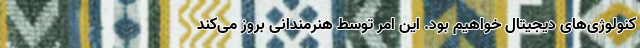
کنولوژی‌های دیجیتال خواهیم بود. این امر توسط هنرمندانی بروز می‌کند